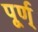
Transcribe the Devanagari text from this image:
पूर्ण्